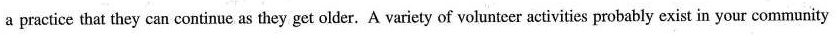
a practice that they can continue as they get older.A variety of volunteer activities probably exist in your community